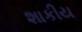
શાકીય